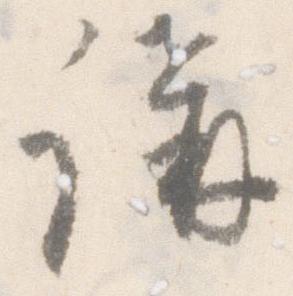
講